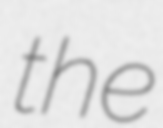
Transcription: the